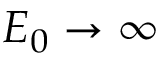
{ \cal { E } } _ { 0 } \rightarrow \infty